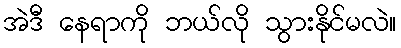
အဲဒီ နေရာကို ဘယ်လို သွားနိုင်မလဲ။